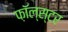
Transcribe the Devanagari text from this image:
फ़ॉल्स्टर